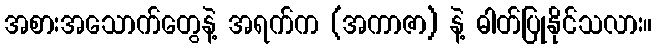
အစားအသောက်တွေနဲ့ အရက်က (အကာဇာ) နဲ့ ဓါတ်ပြုနိုင်သလား။